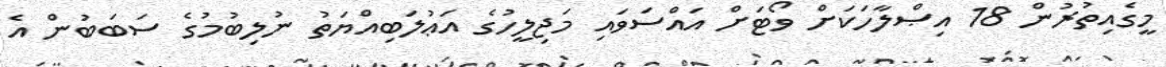
މީގެއިތުރުން 18 އިޞްލާހަކަށް ވޯޓަށް އައްސަވައި މަޖިލީހުގެ އަޢުލަބިއްޔަތު ނުލިބުމުގެ ސަބަބުން އެ